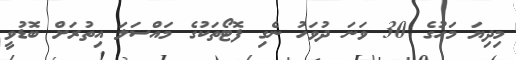
މިދިޔަ މަހުގެ 30 ވަނަ ދުވަހު ނެގި ފޮޓޯތަކުގެ މައްސަލަ އިތުރަށް ބޮޑުވީ